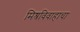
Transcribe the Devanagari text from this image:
मिश्रविवाहाचा